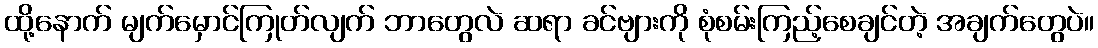
ထို့နောက် မျက်မှောင်ကြုတ်လျက် ဘာတွေလဲ ဆရာ ခင်ဗျားကို စုံစမ်းကြည့်စေချင်တဲ့ အချက်တွေပဲ။